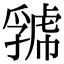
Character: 𧇧